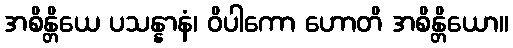
အစိန္တိယေ ပသန္နာနံ၊ ဝိပါကော ဟောတိ အစိန္တိယော။